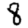
Digit: 8